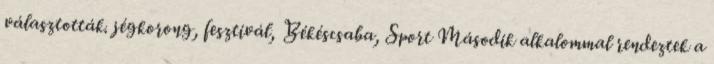
választották. jégkorong, fesztivál, Békéscsaba, Sport Második alkalommal rendeztek a